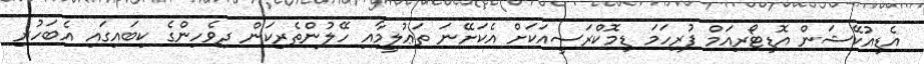
އެޑިއުކޭޝަން އޮޑިޓޯރިއަމް ފުރިހަމަ ޑިމޮކްރަސީއަކަށް އެކަށޭނަ ތަޢުލީމާއި ހޭލުންތެރިކަން ދިވެހިންގެ ކިބައިގައި އެބަހުރި